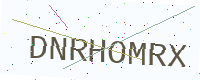
Text: DNRHOMRX